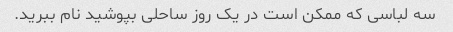
سه لباسی که ممکن است در یک روز ساحلی بپوشید نام ببرید.